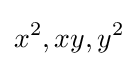
x^{2},xy,y^{2}